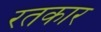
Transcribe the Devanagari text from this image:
रतकार